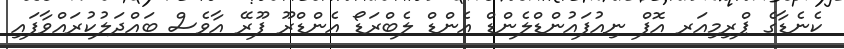
ކެނެޑާގެ ޕްރިމިއަރ އޮފް ނިއުފައުންޑްލެންޑް އެންޑް ލެބްރަޑޯ އެންޑްރޫ ފޫރޭ އާވެސް ބައްދަލުކުރައްވާފައި